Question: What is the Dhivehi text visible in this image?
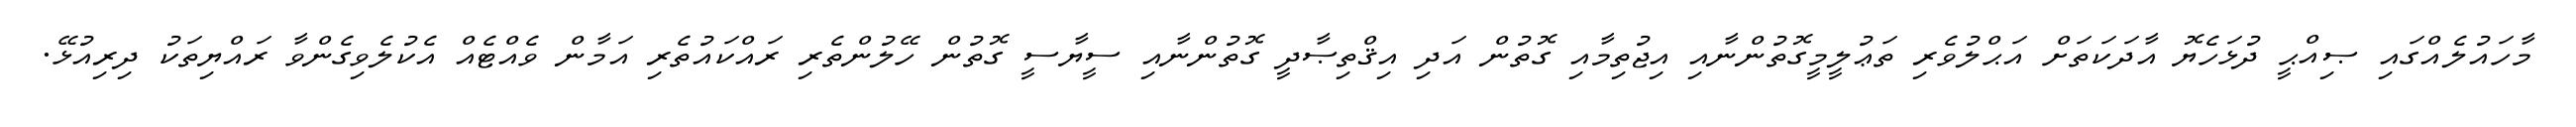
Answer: މާހައުލެއްގައި ޞިއްޙީ ދުޅަހެޔޮ އާދަކަތަށް އަޙްލުވެރި ތަޢުލީމީގޮތުންނާއި އިޖުތިމާއި ގޮތުން އަދި އިޤްތިޞާދީ ގޮތުންނާއި ސީޔާސީ ގޮތުން ހޭލުންތެރި ރައްކައުތެރި އަމާން ވެއްޓެއް އެކުލެވިގެންވާ ރައްޔިތަކު ދިރިއުޅޭ.